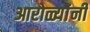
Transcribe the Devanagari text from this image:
आरोळ्यांनी